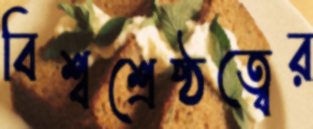
বিশ্বশ্রেষ্ঠত্বের